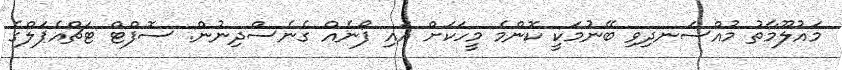
މައުލޫމާތު މުއްސަނދިވި ބޭނުމަކީ ކޮންމެ މީހަކަށް އައި ފޯނެއް ގެނެސްދިނުން: ސޮފްޓް ޓަޗްއެޕަލްގެ